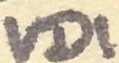
Text: VD1